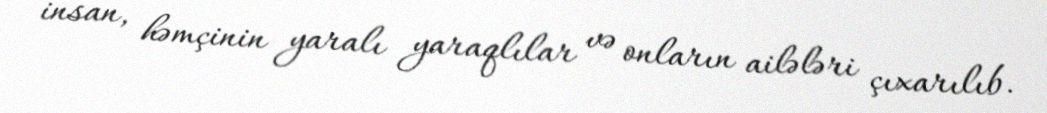
insan, həmçinin yaralı yaraqlılar və onların ailələri çıxarılıb.